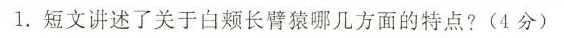
1.短文讲述了关于白长臂猿哪几方面的特点?(4分)